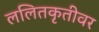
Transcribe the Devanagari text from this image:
ललितकृतीवर